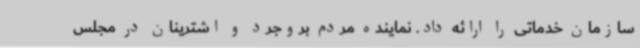
سازمان خدماتی را ارائه داد. نماینده مردم بروجرد و اشترینان در مجلس